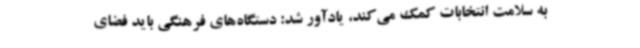
به سلامت انتخابات کمک می‌کند، یادآور شد: دستگاه‌های فرهنگی باید فضای